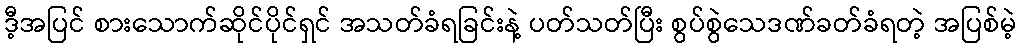
ဒီ့အပြင် စားသောက်ဆိုင်ပိုင်ရှင် အသတ်ခံရခြင်းနဲ့ ပတ်သတ်ပြီး စွပ်စွဲသေဒဏ်ခတ်ခံရတဲ့ အပြစ်မဲ့